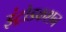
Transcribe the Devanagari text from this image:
इंट्रोडकशन